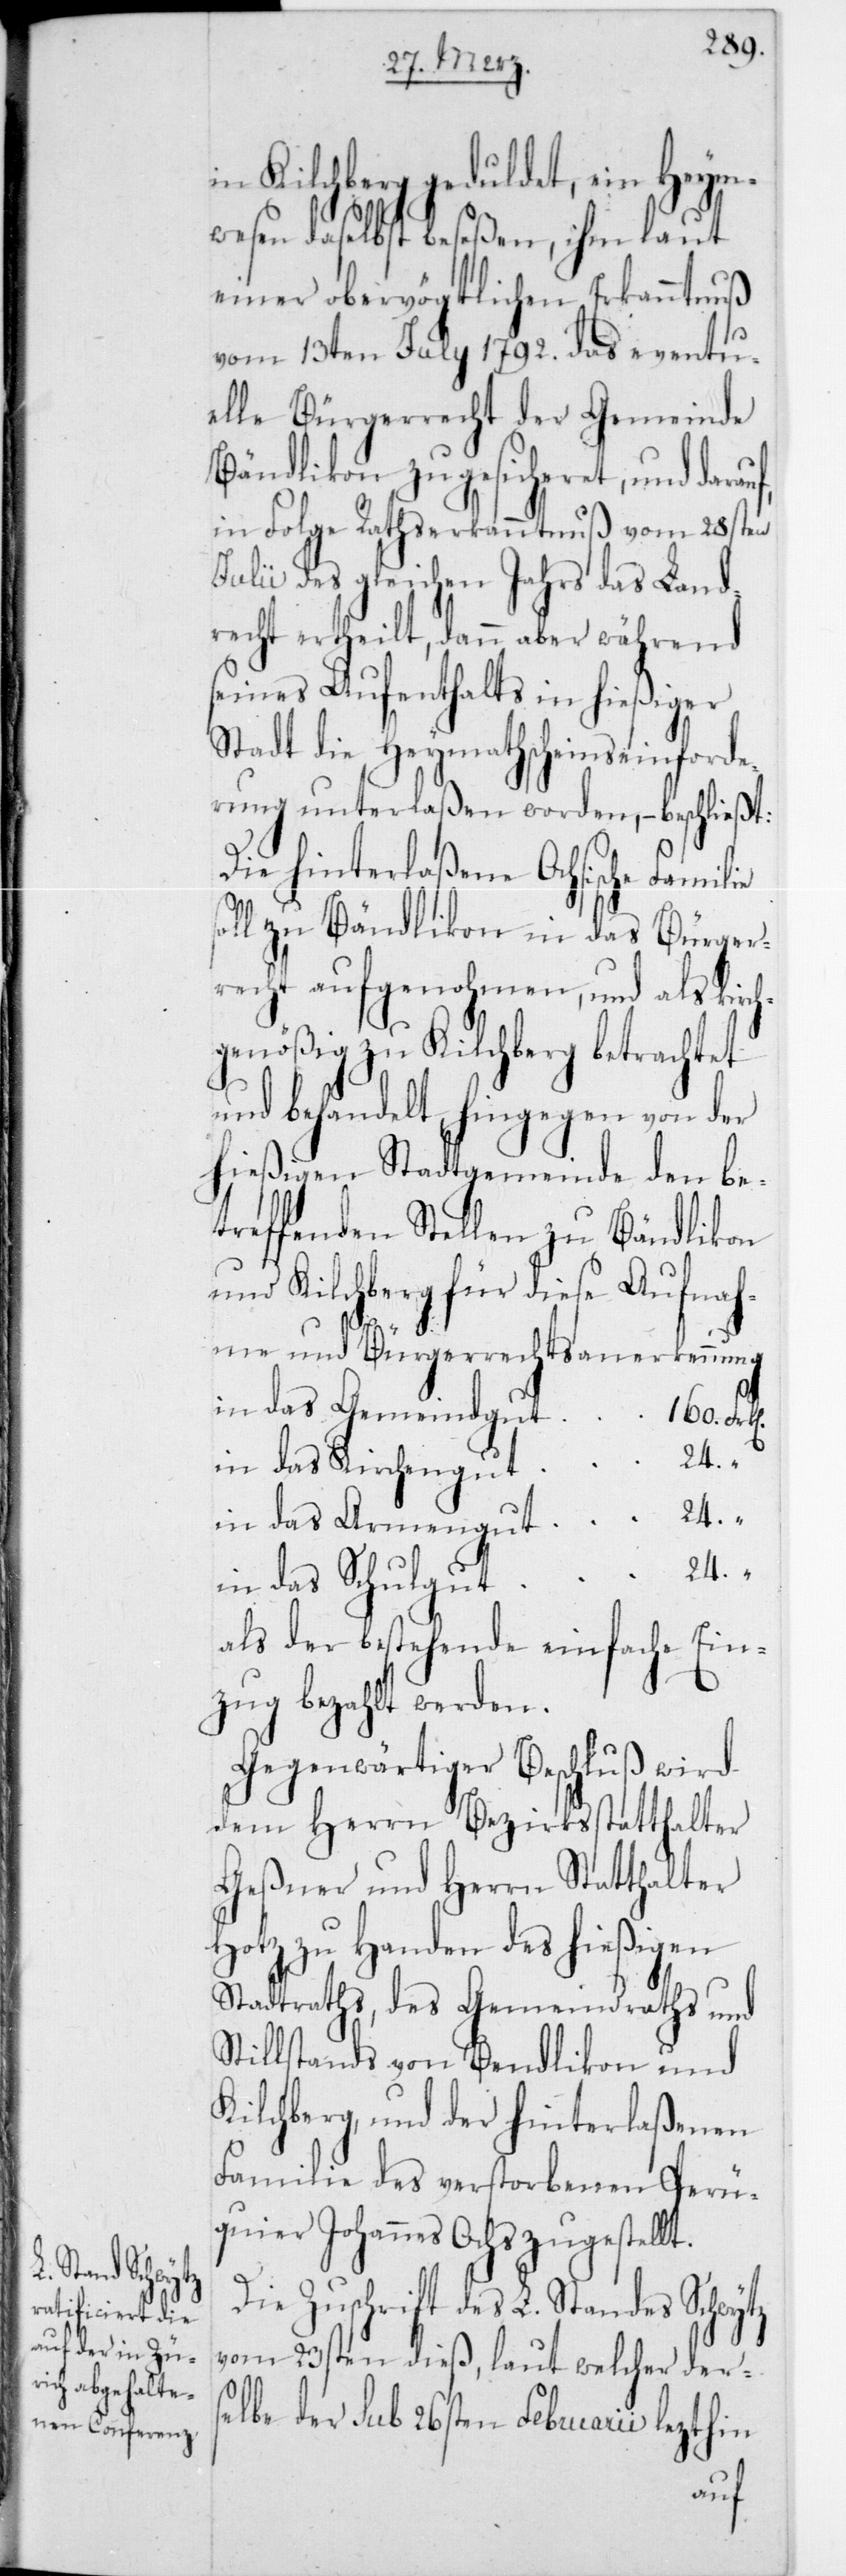
in Kilchberg geduldet, ein Heym¬
wesen daselbst beseßen, ihm laut
einer obervögtlichen Erkanntnuß
vom 13ten July 1792 das eventu¬
elle Bürgerrecht der Gemeinde
Bändlikon zugesicheret, und darauf,
in Folge Rathserkanntnuß vom 28sten
Julii des gleichen Jahrs das Land¬
recht ertheilt, dann aber während
seines Aufenthalts in hießiger
Stadt die Heymathscheinseinforde¬
rung unterlaßen worden, – beschließt:
Die hinterlaßene Ochsische Familie
soll zu Bändlikon in das Bürger¬
recht aufgenohmen, und als kirc¬
hgenößig zu Kilchberg betrachtet
und behandelt, hingegen von der
hießigen Stadtgemeinde den be¬
treffenden Stellen zu Bändlikon
und Kilchberg für diese Aufnah¬
me und Bürgerrechts-anerkennung
in das Gemeindgut
24
in das Armengut
in das Schulgut
als der bestehende einfache Ein¬
zug bezahlt werden.
Gegenwärtiger Beschluß wird
dem Herrn Bezirksstatthalter
Geßner und Herrn Statthalter
Hotz zu Handen des hießigen
Stadtraths, des Gemeindraths und
Stillstands von Bendlikon und
Kilchberg, und der hinterlaßenen
Familie des verstorbenen Perüq¬
uier Johannes Ochs zugestellt.
Die Zuschrift des L. Standes Schwytz
vom 23sten dieß, laut welcher ders¬
elbe der sub 26sten Februarii lezthin